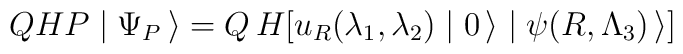
QHP \mid \Psi_P\, \rangle = Q \, H [u_R(\lambda_1,\lambda_2) \mid 0 \, \rangle \mid \psi (R, \Lambda_3) \, \rangle] \hspace{1.5in}